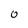
Character: 0